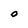
Character: O